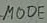
Text: MODE